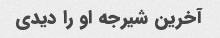
آخرین شیرجه او را دیدی